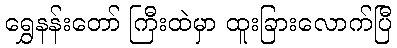
ရွှေနန်းတော် ကြီးထဲမှာ ထူးခြားလောက်ပြီ